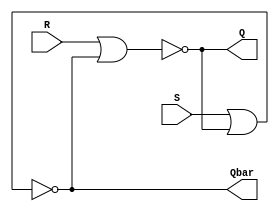
// SR Latch 

module SR_Latch(Q,Qbar,R,S);

output Q,Qbar;
input R,S;

nor n1(Q,R,Qbar);
nor n2(Qbar,S,Q);

endmodule